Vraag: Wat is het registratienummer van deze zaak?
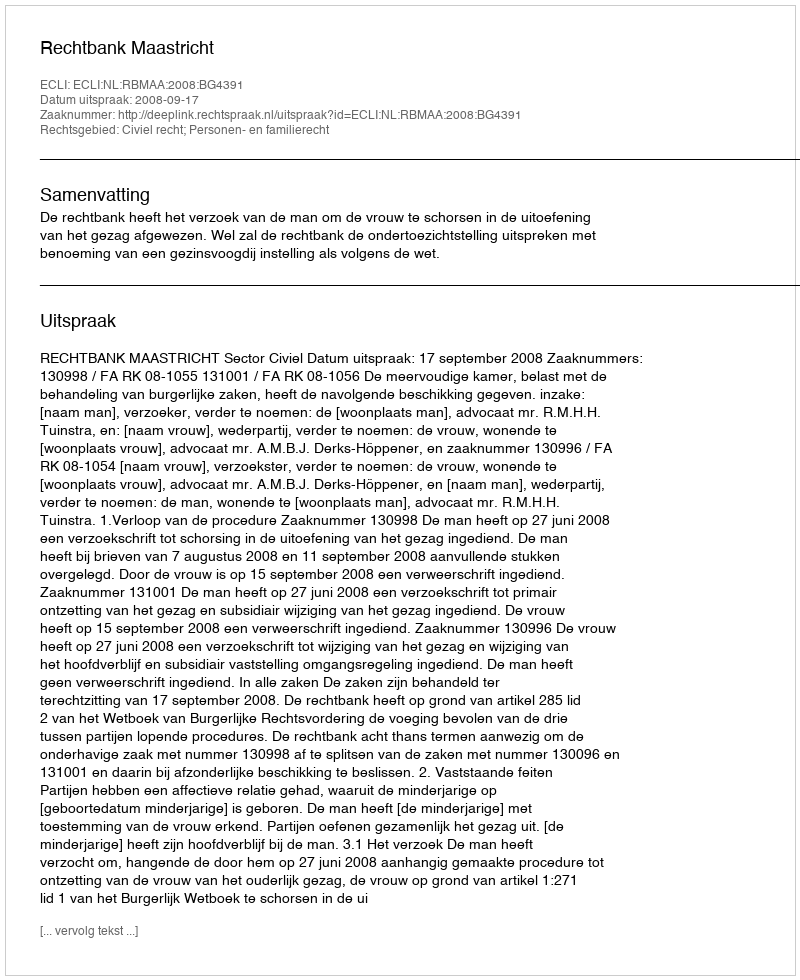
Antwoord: http://deeplink.rechtspraak.nl/uitspraak?id=ECLI:NL:RBMAA:2008:BG4391